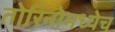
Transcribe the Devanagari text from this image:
तोरिनोमध्येच